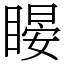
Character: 䁙